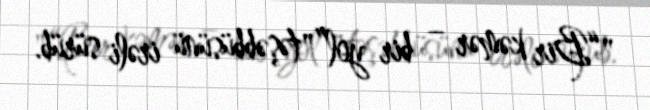
"“Bir kəmər – bir yol”" təşəbbüsünü irəli sürüb.